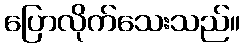
ပြောလိုက်သေးသည်။